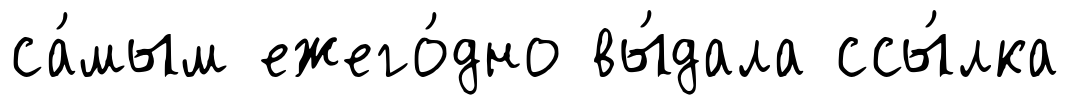
са́мым ежего́дно вы́дала ссы́лка